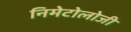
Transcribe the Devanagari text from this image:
निमेटोलोजी